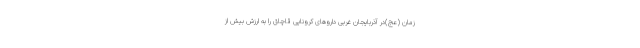
زمان (عج)در آذربایجان غربی داروهای کرونایی قاچاق را به ارزش بیش از